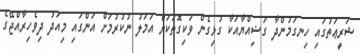
ޝަރީޢަތުގައި ހިނގަމުންދާ ގަޟިއްޔާއަކާ ގުޅިގެން ވަކިގޮތަކަށް އަމަލު ނުކުރުމަށް އަންގައި މިއަދު ދިވެހިރާއްޖޭގެ